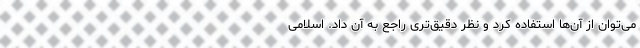
می‌توان از آن‌ها استفاده کرد و نظر دقیق‌تری راجع به آن داد. اسلامی